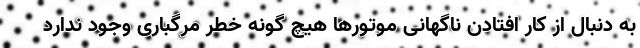
به دنبال از کار افتادن ناگهانی موتورها هیچ گونه خطر مرگباری وجود ندارد